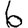
Digit: 6